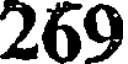
269